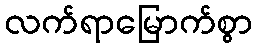
လက်ရာမြောက်စွာ